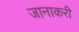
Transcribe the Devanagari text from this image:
जानाकरी